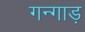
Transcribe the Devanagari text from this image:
गन्गाड़